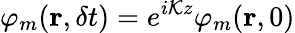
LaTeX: \varphi_{m}(\textbf{r},\delta t)=e^{i\mathcal{K}z}\varphi_{m}(\textbf{r},0)